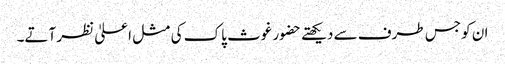
ان کو جس طرف سے دیکھتے حضور غوث پاک کی مثل اعلیٰ نظر آتے۔